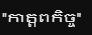
"កាត្តពកិច្ច"